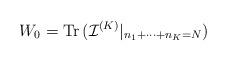
LaTeX: \begin{align*}W_{0}= \mbox{Tr\thinspace } ({\mathcal I} ^{(K)}|_{n_{1}+\cdots+n_{K}=N})\end{align*}